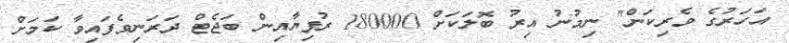
އަހަރުގެ ވެރިކަން" ނިމުނު އިރު ބޮލަކަށް 180000 ރުފިޔާއިން ބަޖެޓް ދަރަނިވެފައިވާ ކަމަށް